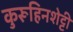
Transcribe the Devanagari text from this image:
कुरूहिनशेट्टी